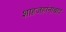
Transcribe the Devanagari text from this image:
शाहजहांनाबाद